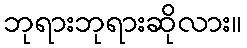
ဘုရားဘုရားဆိုလား။